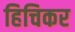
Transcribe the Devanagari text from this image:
हिचिकर